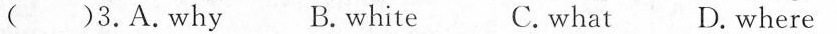
( )3.A.Why B. white C. what D. where